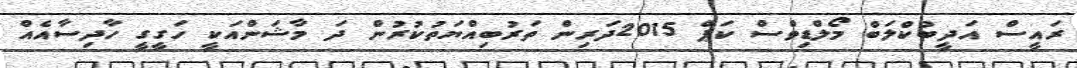
ރައީސް އަދީބުކްލަބް މޯލްޑިވްސް ކަޕް 2015ދަރިން ތަރުބިއްޔަތުކުރުން ދަ މާޝަންއަކީ ހަގީގީ ހާދިސާއެއް